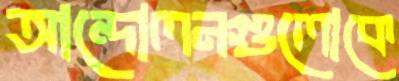
আন্দোলনগুলোকে